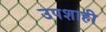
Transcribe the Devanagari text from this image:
उपशाही